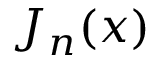
J _ { n } ( x )